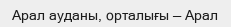
Арал ауданы, орталығы — Арал